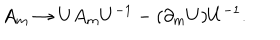
LaTeX: A _ { m } \rightarrow U A _ { m } U ^ { - 1 } - ( \partial _ { m } U ) U ^ { - 1 } .